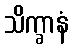
သိက္ခာနံ